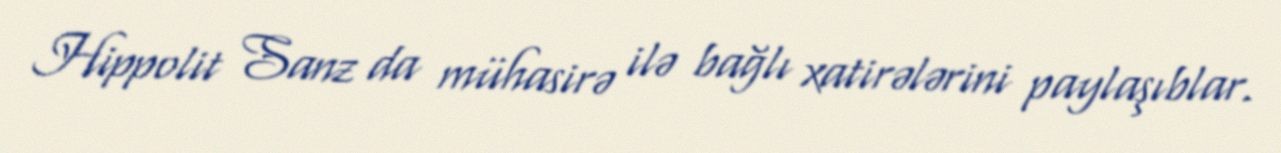
Hippolit Sanz da mühasirə ilə bağlı xatirələrini paylaşıblar.